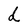
Character: d